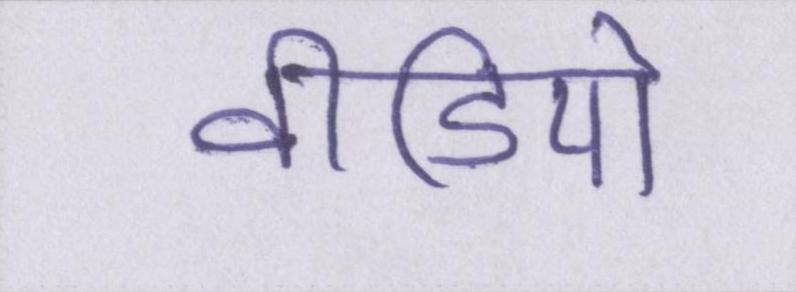
वीडियो